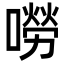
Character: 嘮